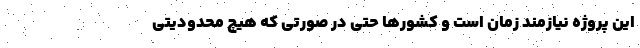
این پروژه نیازمند زمان است و کشورها حتی در صورتی که هیچ محدودیتی